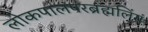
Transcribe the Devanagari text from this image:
लोकपालंपरब्रंह्मलिंगं